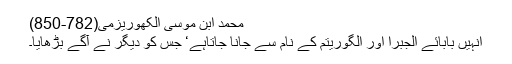
محمد ابن موسی الکھوریزمی(782-850)
انہیں بابائے الجبرا اور الگوریتم کے نام سے جانا جاتاہے‘ جس کو دیگر نے آگے بڑھایا۔